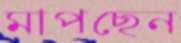
মাপছেন